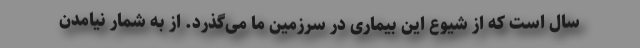
سال است که از شیوع این بیماری در سرزمین ما می‌گذرد. از به شمار نیامدن